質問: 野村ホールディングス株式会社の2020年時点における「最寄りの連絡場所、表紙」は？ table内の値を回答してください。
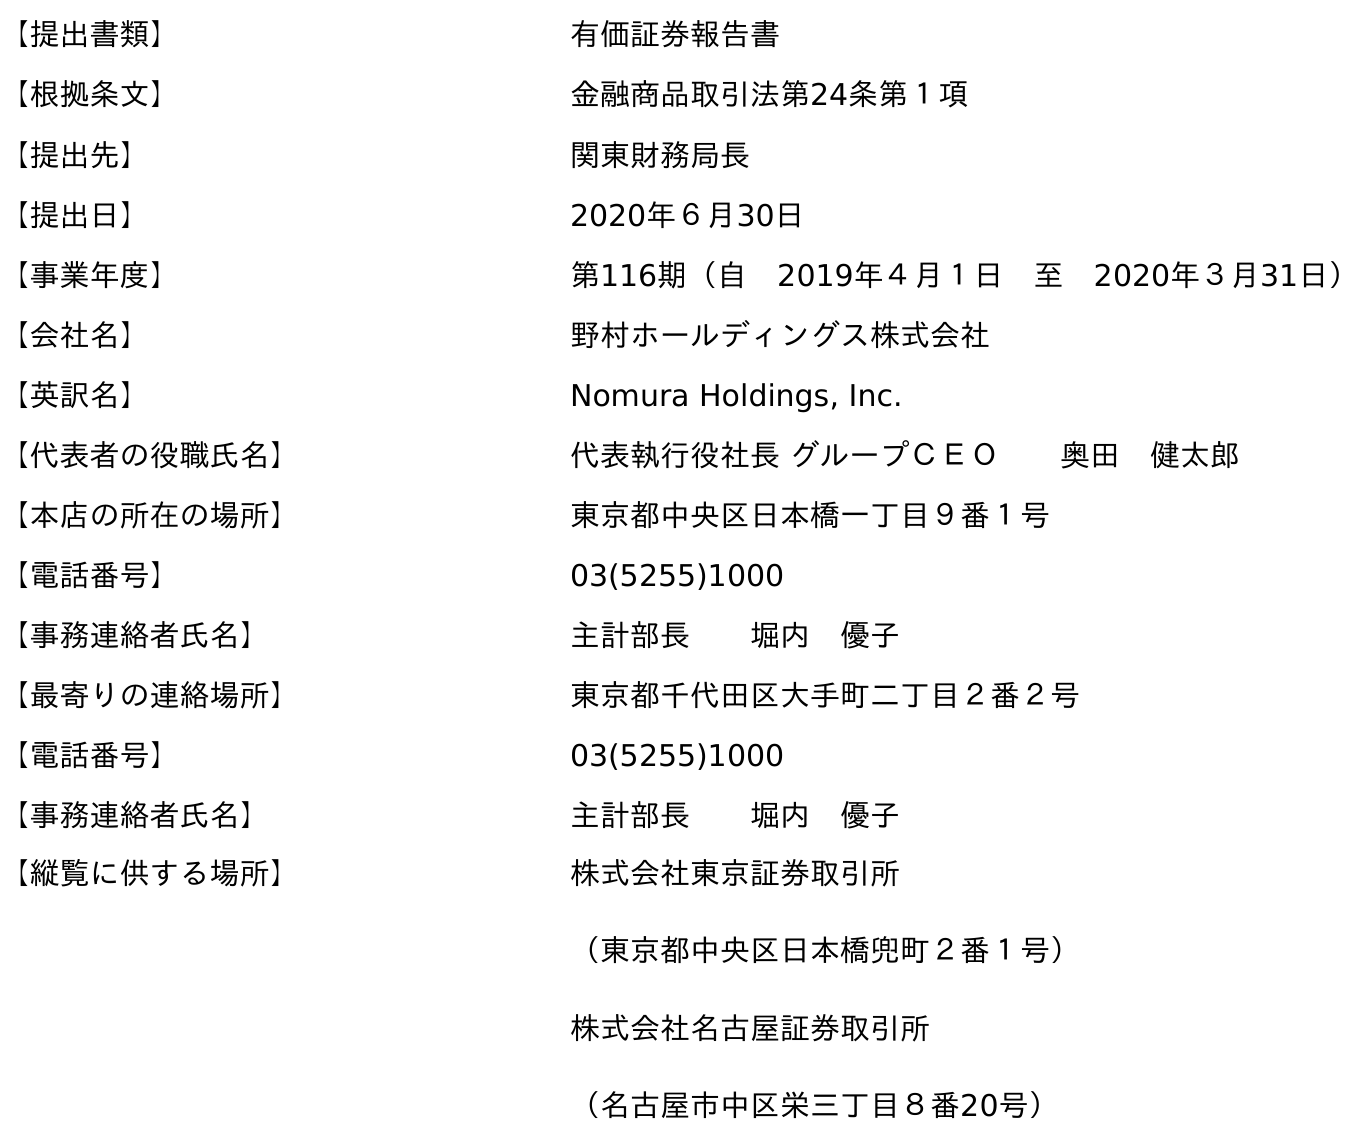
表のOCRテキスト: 【提出書類】 有価証券報告書 【根拠条文】 金融商品取引法第24条第１項 【提出先】 関東財務局長 【提出日】 2020年６月30日 【事業年度】 第116期（自 2019年４月１日 至 2020年３月31日） 【会社名】 野村ホールディングス株式会社 【英訳名】 Nomura Holdings, Inc. 【代表者の役職氏名】 代表執行役社長 グループＣＥＯ  奥田 健太郎 【本店の所在の場所】 東京都中央区日本橋一丁目９番１号 【電話番号】 03(5255)1000 【事務連絡者氏名】 主計部長  堀内 優子 【最寄りの連絡場所】 東京都千代田区大手町二丁目２番２号 【電話番号】 03(5255)1000 【事務連絡者氏名】 主計部長  堀内 優子 【縦覧に供する場所】 株式会社東京証券取引所 （東京都中央区日本橋兜町２番１号） 株式会社名古屋証券取引所 （名古屋市中区栄三丁目８番20号）
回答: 東京都千代田区大手町二丁目２番２号